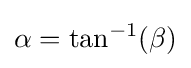
\alpha =\tan ^{-1}(\beta )